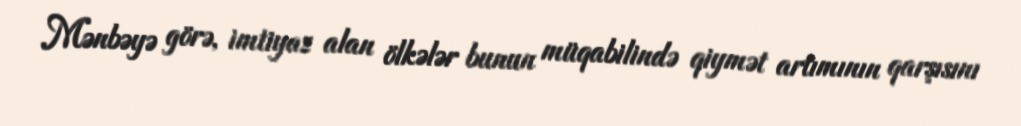
Mənbəyə görə, imtiyaz alan ölkələr bunun müqabilində qiymət artımının qarşısını